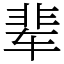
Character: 辈